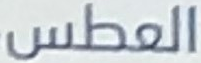
العطس